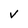
Character: V